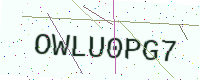
Text: OWLU0PG7